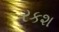
રકશ